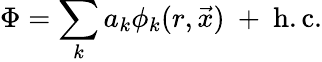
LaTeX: \Phi=\sum_{k}a_{k}\phi_{k}(r,\vec{x})\ +\ \mathrm{h.c.}